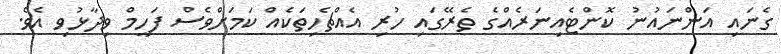
ގެނައި އަންނައުނު ކޮންޓެއިނަރެއްގެ ތެރޭގައި ހުރި އެއްޗެހިތަކެއް ކަމަށްވެސް ފަހީމް ވިދާޅުވި އެވެ.